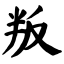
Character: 叛